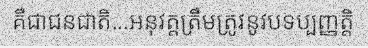
គឺជាជនជាតិ...អនុវត្តត្រឹមត្រូវនូវបទប្បញ្ញត្តិ